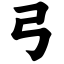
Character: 弓